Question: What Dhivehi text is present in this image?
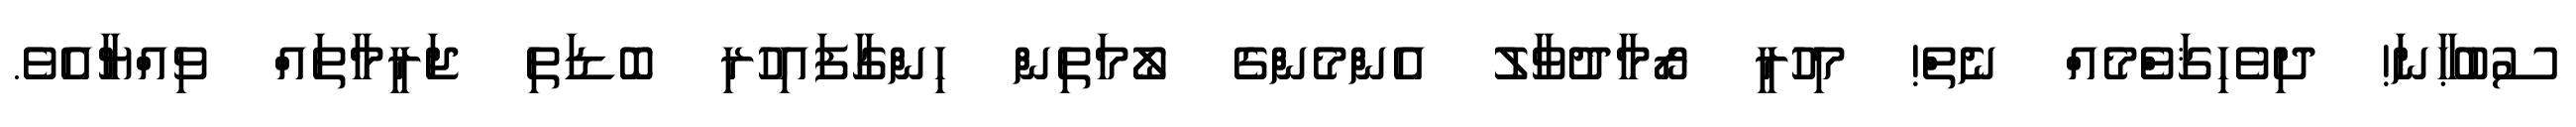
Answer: ސުބުޙާނަ! ދިވެހިޤަވްެމެއް ނެތް! މިހުރީ ރޯމާދުވާލު އެންމެންގެ ލޯމަތިން ހިންގާފައިހުރި ބޮޑަތި ޖަރީމާތައް ވިއްޔާއެވެ.